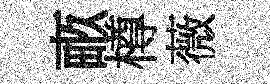
畞樽薇